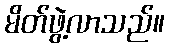
မိတ်ဖွဲ့လာသည်။